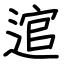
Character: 逭